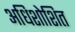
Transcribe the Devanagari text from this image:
अधिशोशित